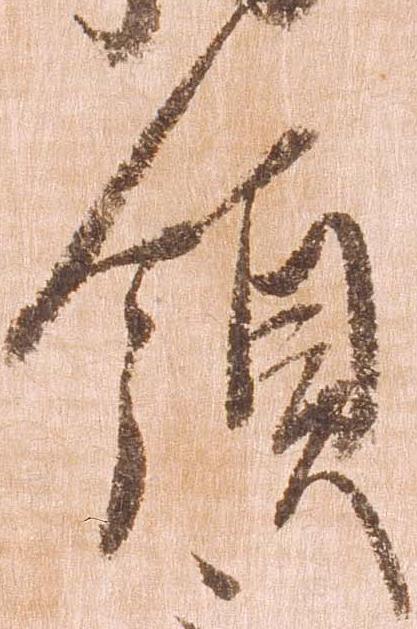
領